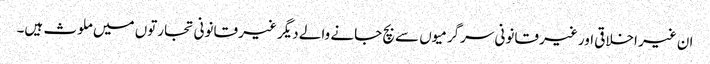
ان غیر اخلاقی اور غیر قانونی سرگرمیوں سے بچ جانے والے دیگر غیر قانونی تجارتوں میں ملوث ہیں۔